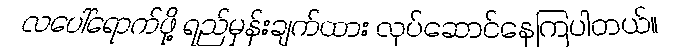
လပေါ်ရောက်ဖို့ ရည်မှန်းချက်ထား လုပ်ဆောင်နေကြပါတယ်။